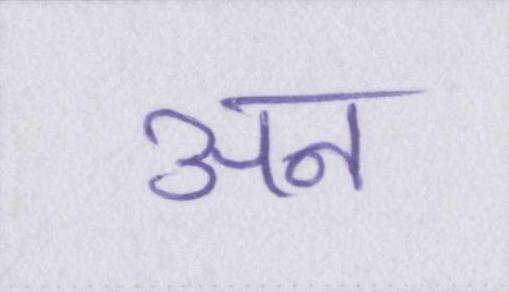
अन